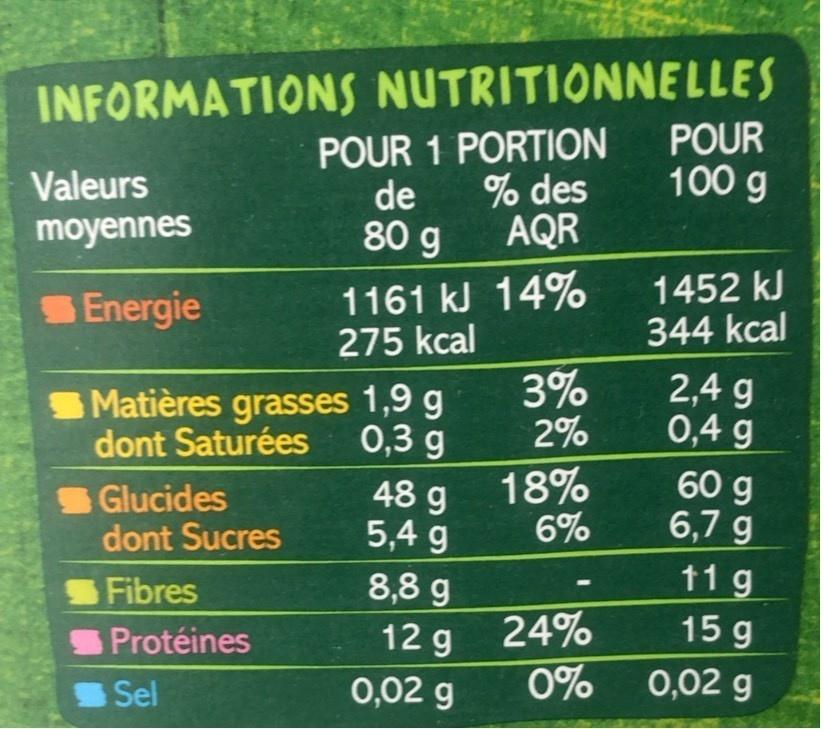
INFORMATIONS NUTRITIONNELLES POUR 100 g
POUR 1 PORTION % des AQR
Valeurs
de 80 g
moyennes
1161 kJ 14% 275 kcal
1452 kJ 344 kcal
SEnergie
Matières grasses 1,9 g dont Saturées
3% 2%
2,4 g 0,4 g
0,3 g
S Glucides dont Sucres
48 g 5,4 g
18% 6%
60 g 6,7 g
Fibres
8,8 g
11 g
Protéines
12 g 24%
15 g
Sel
0,02 g
0%
0,02 g